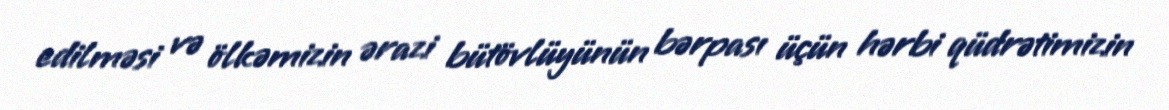
edilməsi və ölkəmizin ərazi bütövlüyünün bərpası üçün hərbi qüdrətimizin